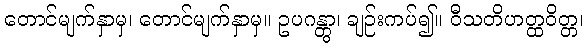
တောင်မျက်နှာမှ၊ တောင်မျက်နှာမှ။ ဥပဂန္တွာ၊ ချဉ်းကပ်၍။ ဝီသတိဟတ္ထဝိတ္တ၊